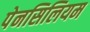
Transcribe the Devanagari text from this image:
पेनसिलियम